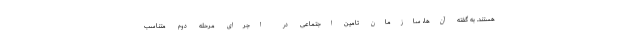
هستند. به گفته آن‌ها، سازمان تامین اجتماعی در اجرای مرحله دوم متناسب